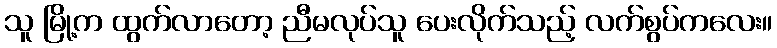
သူ မြို့က ထွက်လာတော့ ညီမလုပ်သူ ပေးလိုက်သည့် လက်စွပ်ကလေး။